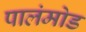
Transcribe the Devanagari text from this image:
पालंमोड